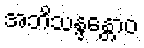
အဘိသန္ဒန္တောဝ